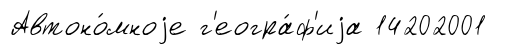
Автоно́мноjе г'еогра́ф'иjа 14202001